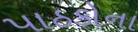
પાઠકોના